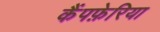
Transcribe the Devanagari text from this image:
कैंपफ़ेरिया